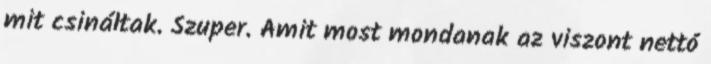
mit csináltak. Szuper. Amit most mondanak az viszont nettó